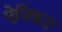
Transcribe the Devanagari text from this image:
ऐनिकट